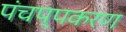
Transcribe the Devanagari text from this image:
पंचप्पकरण